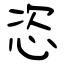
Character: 恣